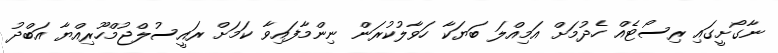
ނާގޯށީގައި ރިސޯޓެއް ހެދުމަށް އަމިއްލަ ބަޔަކާ ހަވާލުކުރަން ނިންމާފައިވާ ކަމަށް ރައީސުލްޖުމްހޫރިއްޔާ އަބްދު